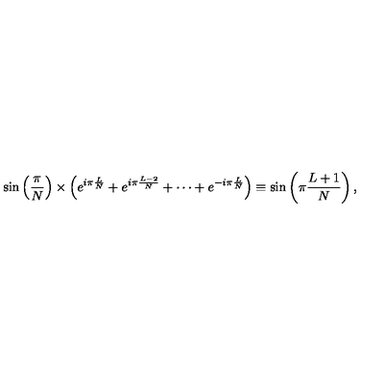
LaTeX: \sin \left( \frac { \pi } { N } \right) \times \left( e ^ { i \pi \frac { L } { N } } + e ^ { i \pi \frac { L - 2 } { N } } + \cdots + e ^ { - i \pi \frac { L } { N } } \right) \equiv \sin \left( \pi \frac { L + 1 } { N } \right) ,